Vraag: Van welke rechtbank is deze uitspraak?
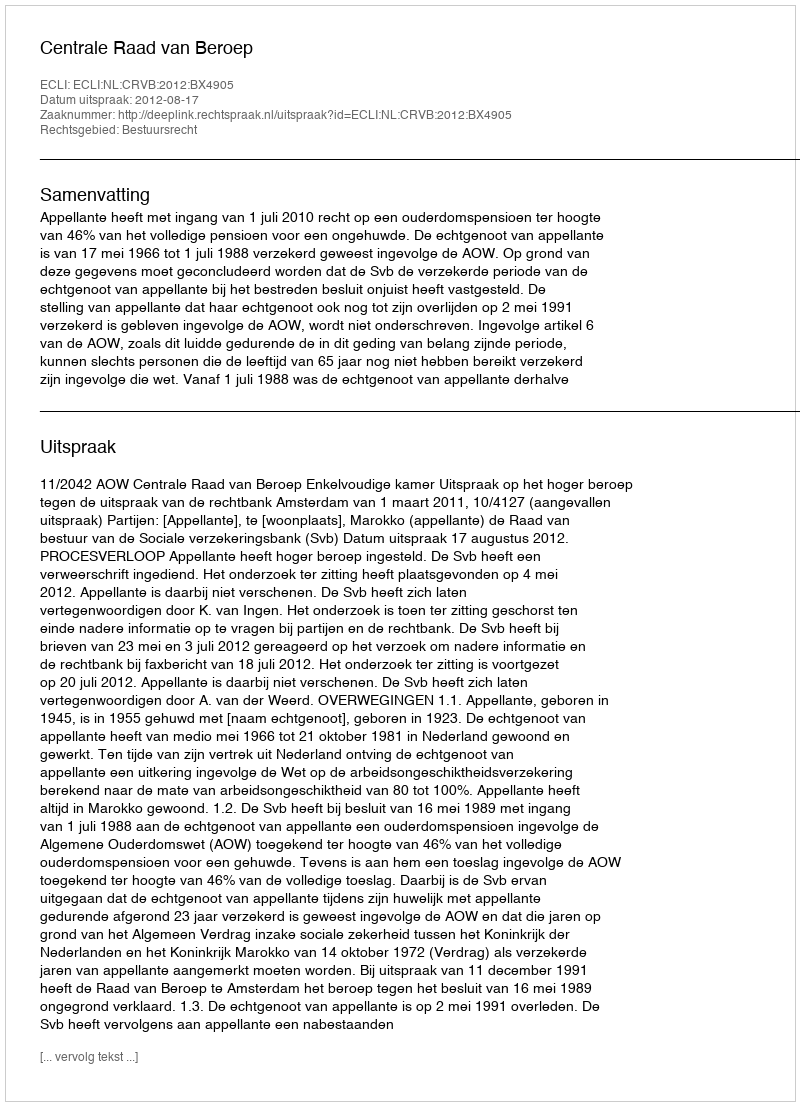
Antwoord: Centrale Raad van Beroep